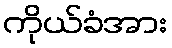
ကိုယ်ခံအား